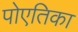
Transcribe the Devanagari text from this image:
पोएतिका